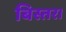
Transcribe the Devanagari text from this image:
बिस्तर।